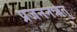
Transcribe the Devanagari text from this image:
प्रजननऋतु